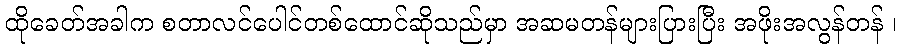
ထိုခေတ်အခါက စတာလင်ပေါင်တစ်ထောင်ဆိုသည်မှာ အဆမတန်များပြားပြီး အဖိုးအလွန်တန် ၊